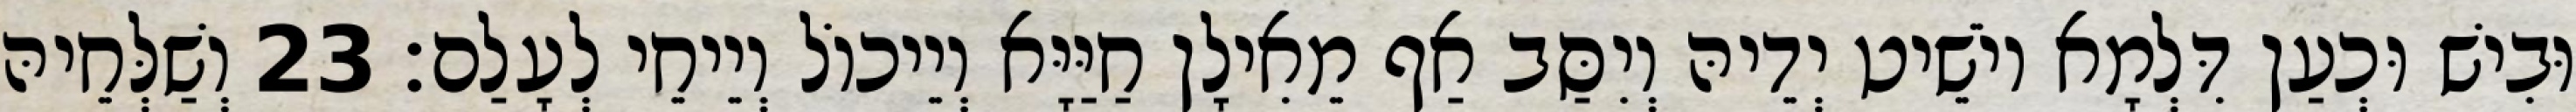
וּבִישׁ וּכְעַן דִּלְמָא יוֹשֵׁיט יְדֵיהּ וְיִסַּב אַף מֵאִילָן חַיַּיָּא וְיֵיכוֹל וְיֵיחֵי לְעָלַם׃ 23 וְשַׁלְּחֵיהּ